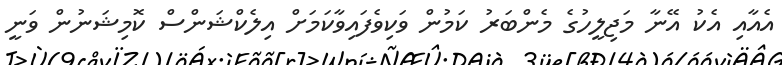
އެއާއި އެކު އޭނާ މަޖިލީހުގެ މެންބަރު ކަމުން ވަކިވެފައިވާކަމަށް އިލެކްޝަންސް ކޮމިޝަނުން ވަނީ